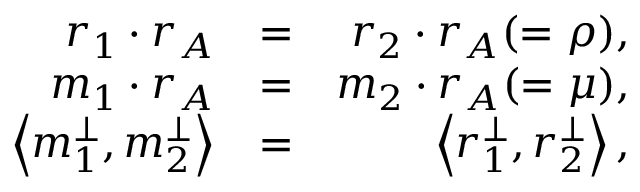
\begin{array} { r l r } { r _ { 1 } \cdot r _ { A } } & { = } & { r _ { 2 } \cdot r _ { A } ( = \rho ) , } \\ { m _ { 1 } \cdot r _ { A } } & { = } & { m _ { 2 } \cdot r _ { A } ( = \mu ) , } \\ { \left< { m _ { 1 } ^ { \perp } , m _ { 2 } ^ { \perp } } \right> } & { = } & { \left< { r _ { 1 } ^ { \perp } , r _ { 2 } ^ { \perp } } \right> , } \end{array}